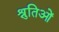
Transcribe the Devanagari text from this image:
श्रुतिओं